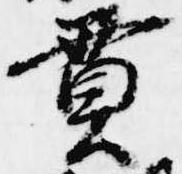
貫